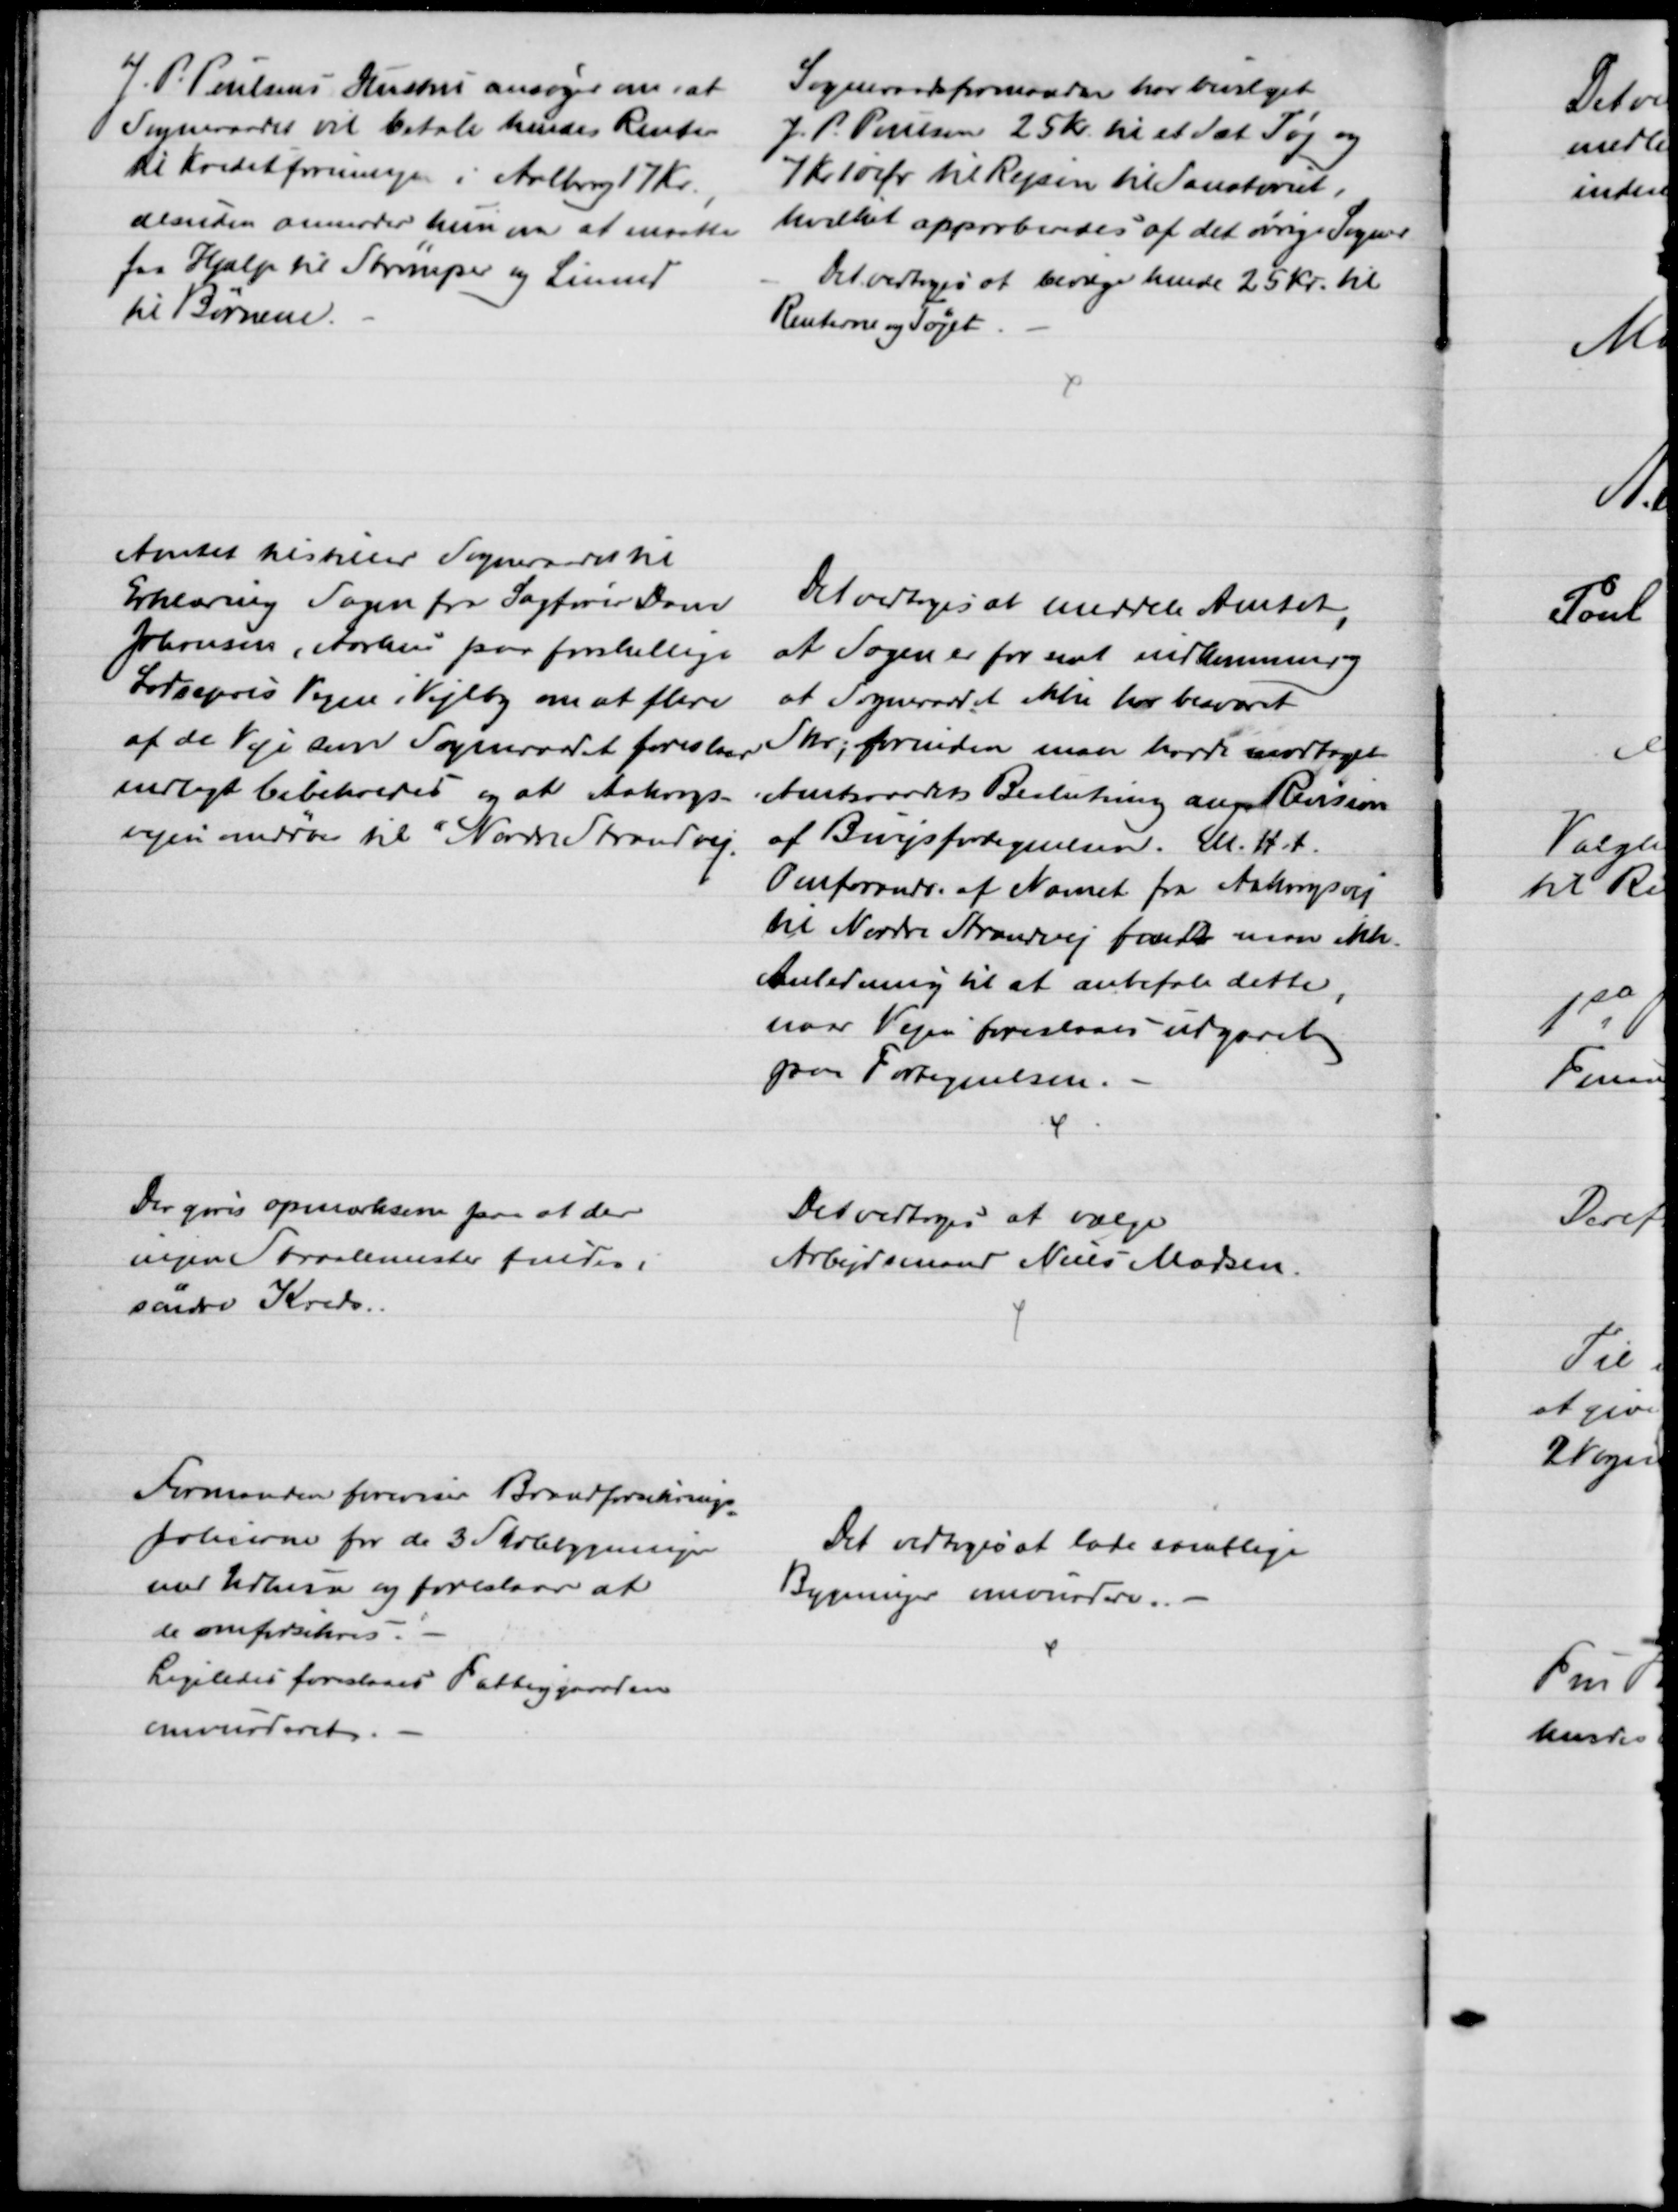
Transskription:
J. P. Poulsens Hustru ansøger om, at
Sogneraadet vil betale hendes Renter
til Kreditforeningen i Aalborg 17 Kr.
desuden anmoder hun om at maatte
faa Hjælp til Strømper og Linned
til Børnene.
Sogneraadsformanden har bevilget
J. P. Poulsen 25 Kr. til et Sæt Tøj og 
7 kr. 10 Øre til Rejsen til Sanatoriet.
hvilket approberedes af det øvrige Sogner
Det vedtoges at bevilge hende 25 Kr. til 
Renterne og Tøjet.
Amtet tilstiller Sogneraadet til 
Erklæring Sagen fra Sagfører Dam
Johansen, Aarhus paa forskellige
Lodsejers Vegne i Vejlby om at flere
af de Veje som Sogneraadet foreslaar
nedlagt bibeholdes og at Aakrogs-
vejen ændres til Nordre Strandvej.
Det vedtoges at meddele Amtet
,
at Sagen er for sent indkommen, og
at Sogneraadet ikke har besvaret
Skr; forinden man havde modtaget
Amtsraadets Beslutning ang. Revision
af Bivejsfortegnelsen. M. H. t.
Omforandr. af Navnet fra Aakrogsvej
til Nordre Strandvej fandt man ikke
Anledning til at anbefale dette,
naar Vejen foreslaaes udgaaet
paa Fortegnelsen.
Der gøres opmærksen paa at der
ingen Straalemester findes i
søndre Kreds.
Det vedtoges at vælge
Arbejdsmand Niels Madsen.
Formanden foreviser Brandforsikrings
=
policerne for de 3 Skolebygninger
med Udhuse og foreslaar at
de omforsikres.
Ligeledes foreslaaes Fattiggaarden
omvurderet.
Det vedtoges at lade samtlige
Bygninger omvurdere.